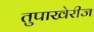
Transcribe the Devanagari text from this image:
तुपाखेरीज